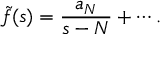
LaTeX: { \tilde { f } } ( s ) = { \frac { a _ { N } } { s - N } } + \cdots .